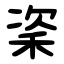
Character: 秶